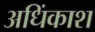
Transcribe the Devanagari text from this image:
अधिंकाश